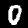
Label: 0